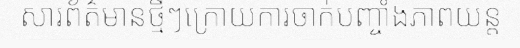
សារព័ត៌មានថ្មីៗក្រោយការចាក់បញ្ចាំងភាពយន្ត